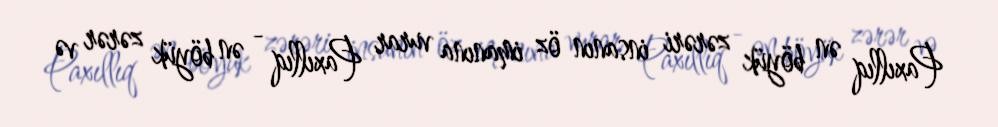
Paxıllıq ən böyük zərəri insanın öz imanına vurar Paxıllıq - ən böyük zərər və